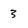
Character: 3